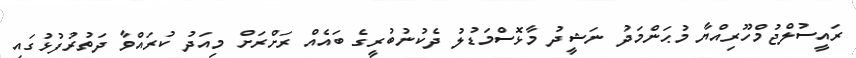
ރައީސުލްޖުމްހޫރިއްޔާ މުޙަންމަދު ނަޝީދު މާޅޮސްމަޑުލު ދެކުނުބުރީގެ ބައެއް ރަށްރަށް މިއަދު ކުރައްވާ ދަތުރުފުޅުގައި